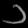
Digit: ၁